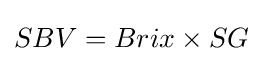
SBV=Brix\times SG